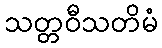
သတ္တဝီသတိမံ